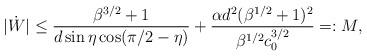
LaTeX: \begin{align*}|\dot{W}| \leq \frac{\beta^{3/2}+1}{d\sin \eta \cos (\pi/2-\eta)}+\frac{\alpha d^2 (\beta^{1/2}+1)^{2}}{\beta^{1/2}c_{0}^{3/2}}=:M,\end{align*}